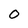
Character: 0